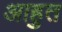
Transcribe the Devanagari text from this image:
आहुत